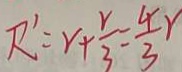
R ^ { \prime } = r + \frac { r } { 3 } - \frac { 4 } { 3 } r